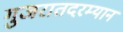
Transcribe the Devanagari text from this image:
गुजरातदरम्यान